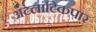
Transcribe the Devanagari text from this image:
अटलांटिकपार